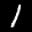
Label: 1